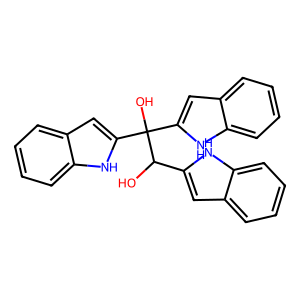
SMILES: OC(c1cc2ccccc2[nH]1)C(O)(c1cc2ccccc2[nH]1)c1cc2ccccc2[nH]1
Inhibits HIV replication: No